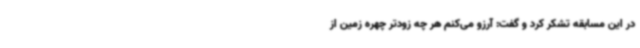
در این مسابقه تشکر کرد و گفت: آرزو می‌کنم هر چه زودتر چهره زمین از